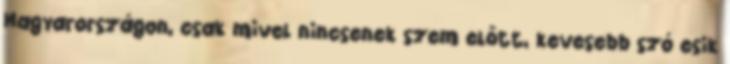
Magyarországon, csak mivel nincsenek szem előtt, kevesebb szó esik